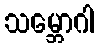
သမ္ဘောဂါ